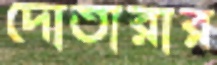
দোতারার